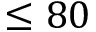
\leq 8 0